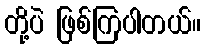
တို့ပဲ ဖြစ်ကြပါတယ်။